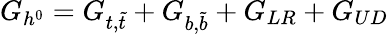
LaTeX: G_{h^{0}}=G_{t,{\tilde{t}}}+G_{b,{\tilde{b}}}+G_{LR}+G_{UD}